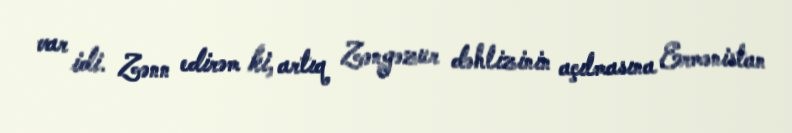
var idi. Zənn edirəm ki, artıq Zəngəzur dəhlizinin açılmasına Ermənistan